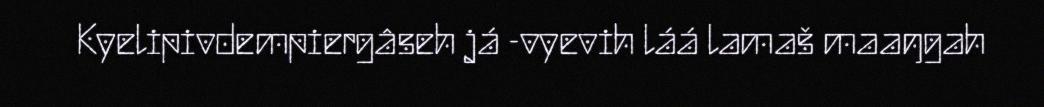
Kyelipivdempiergâseh já -vyevih láá lamaš maaŋgah